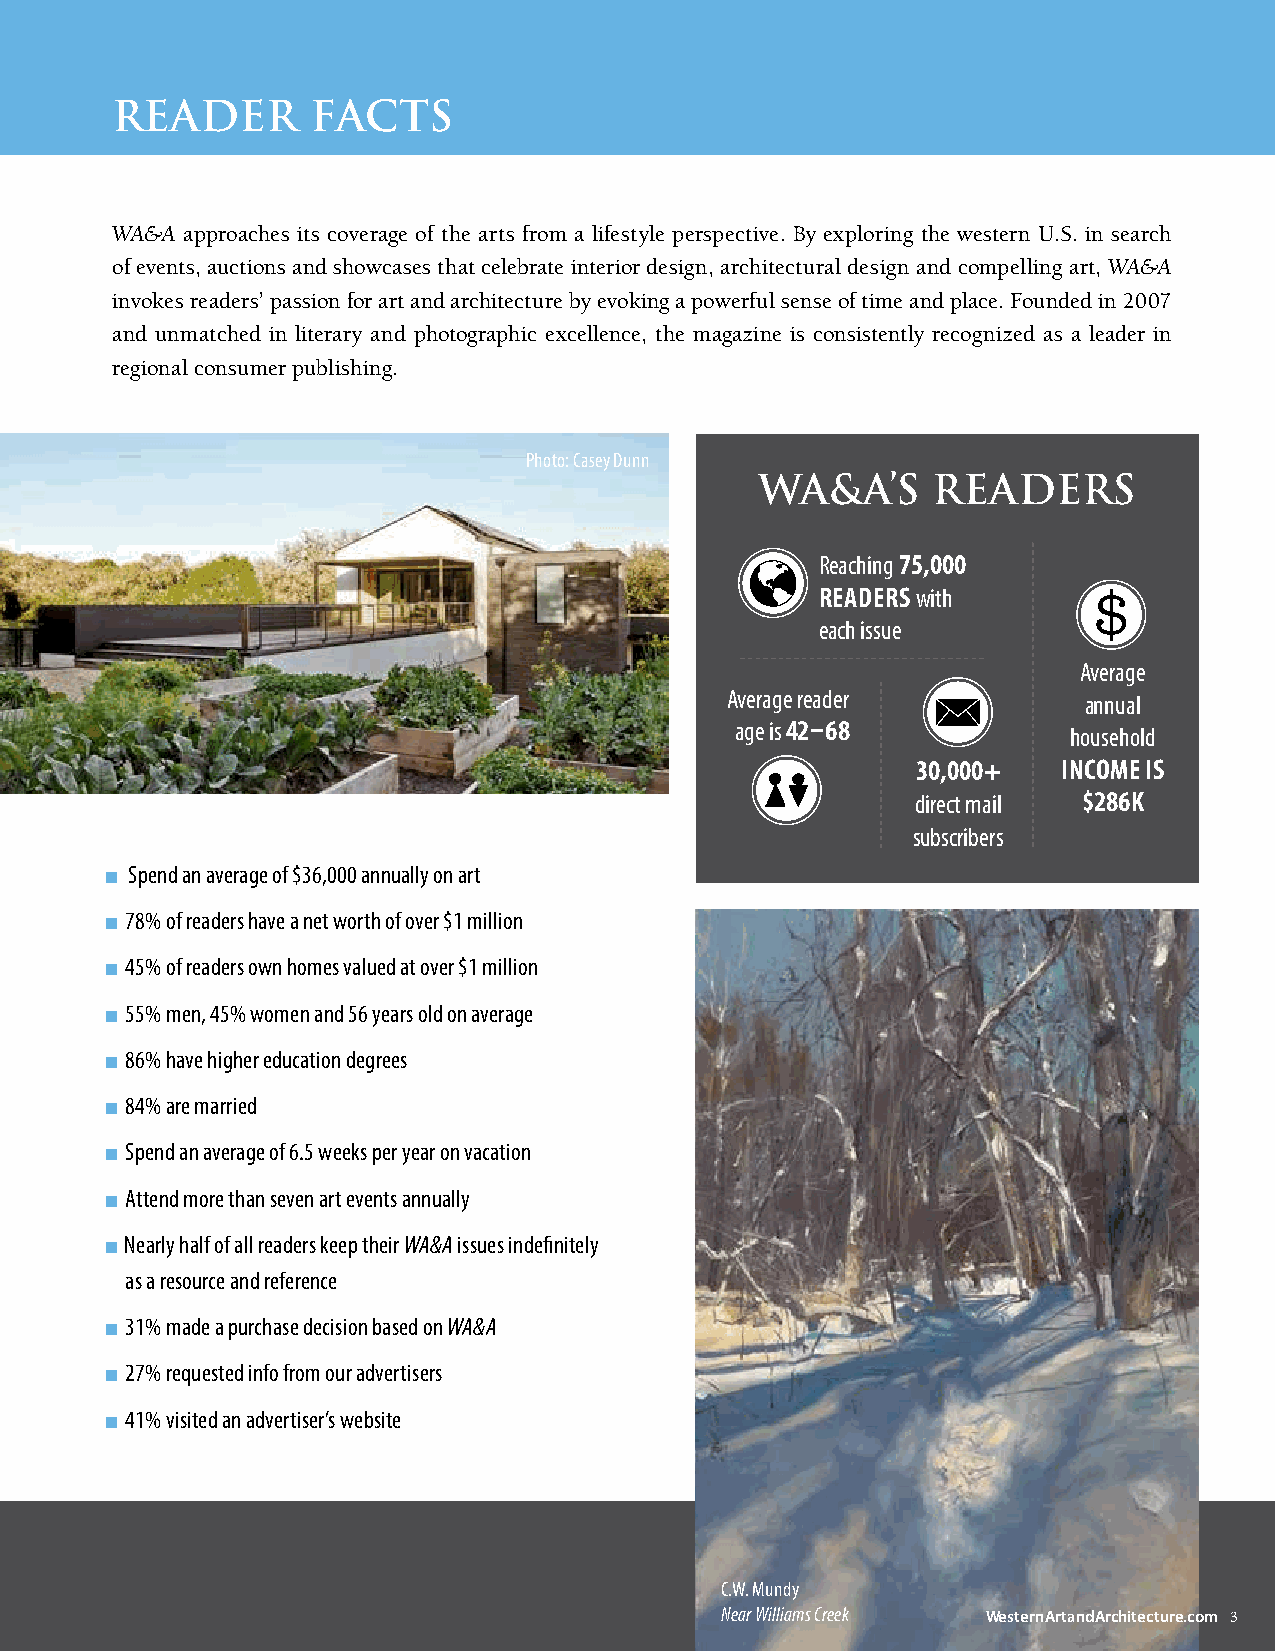
reader        FaCTS
 WA&A approaches its coverage of the arts from a lifestyle perspective. By exploring the western U.S. in search
 of events, auctions and showcases that celebrate interior design, architectural design and compelling art, WA&A
 invokes readers’ passion for art and architecture by evoking a powerful sense of time and place. Founded in 2007
 and unmatched in literary and photographic excellence, the magazine is consistently recognized as a leader in
 regional consumer publishing.
 Photo: Casey Dunn
 wa&a’S      readerS
 Reaching 75,000
 readers with
 each issue
 Average
 Average reader          annual
 age is 42–68          household
 30,000+  incoMe is
 direct mail $286K
 subscribers
 n Spend an average of $36,000 annually on art
 n 78% of readers have a net worth of over $1 million
 n 45% of readers own homes valued at over $1 million
 n 55% men, 45% women and 56 years old on average
 n 86% have higher education degrees
 n 84% are married
 n Spend an average of 6.5 weeks per year on vacation
 n Attend more than seven art events annually
 n Nearly half of all readers keep their WA&A issues indefinitely
 as a resource and reference
 n 31% made a purchase decision based on WA&A
 n 27% requested info from our advertisers
 n 41% visited an advertiser’s website
 C.W. Mundy
 Near Williams Creek WesternArtandArchitecture.com 3